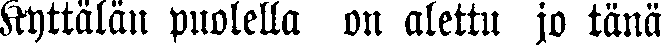
Kyttälän puolella on alettu jo tänä